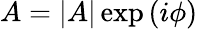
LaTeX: A=|A|\exp{(i\phi)}